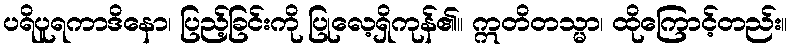
ပရိပူရကာဒိနော၊ ပြည့်ခြင်းကို ပြုလေ့ရှိကုန်၏။ ဣတိတသ္မာ၊ ထိုကြောင့်တည်း။